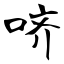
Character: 哜